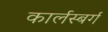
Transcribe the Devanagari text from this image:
कार्लस्बर्ग